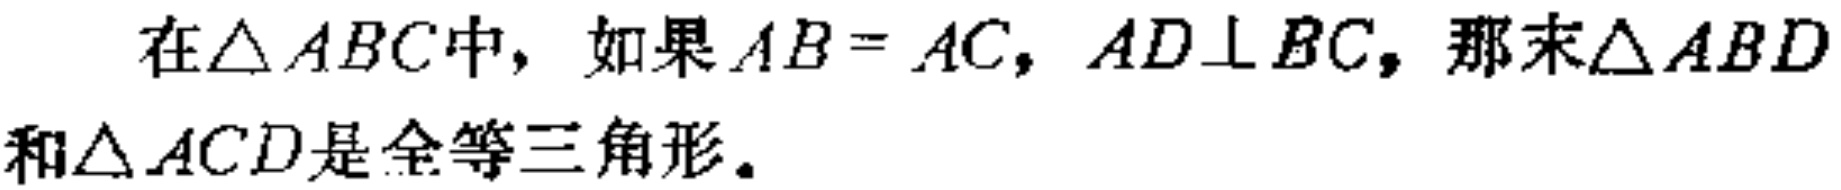
在$\triangle ABC$中，如果$AB = AC$，$AD\perp BC$，那末$\triangle ABD$和$\triangle ACD$是全等三角形。